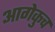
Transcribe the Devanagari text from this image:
आगेकुच